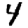
Digit: 4